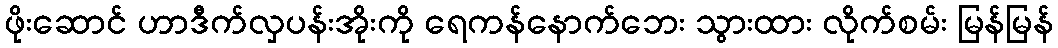
ဖိုးဆောင် ဟာဒီက်လှပန်းအိုးကို ရေကန်နောက်ဘေး သွားထား လိုက်စမ်း မြန်မြန်